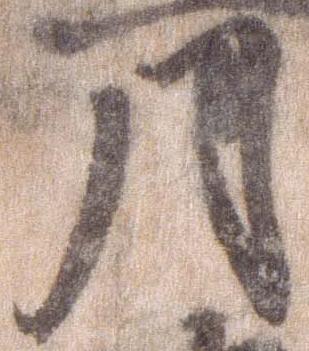
月